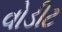
વોડીટ